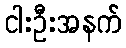
ငါးဦးအနက်